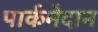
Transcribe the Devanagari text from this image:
पार्कमैदान